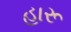
હારૂ